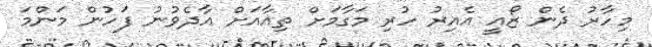
މިހާރު ދެން ޒޯއީ އެއިރު ހުރި މަގާމަށް ތިއާއަށް އާދެވުނު ފަހުން މަންމަ